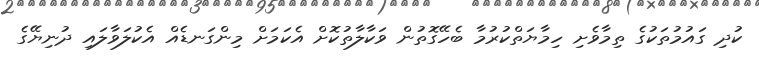
ކުދި ގައުމުތަކުގެ ތިމާވެށި ހިމާޔަތްކުރުމާ ބެހޭގޮތުން ވަކާލާތުކޮށް އެކަމަށް މިންގަނޑެއް އެކުލަވާލައި ދުނިޔޭގެ